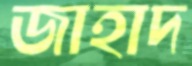
জাহাদ